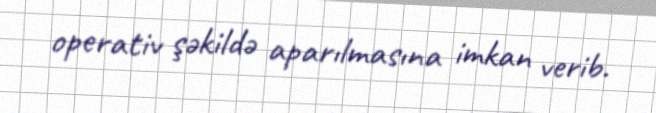
operativ şəkildə aparılmasına imkan verib.